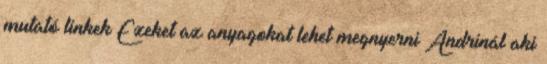
mutató linkek Ezeket az anyagokat lehet megnyerni Andrinál aki